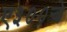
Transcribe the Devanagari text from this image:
ए३००चे